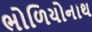
ભોળિયોનાથ